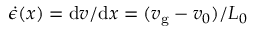
\dot { \epsilon } ( x ) = \mathrm { d } v / \mathrm { d } x = ( v _ { \mathrm { g } } - v _ { 0 } ) / L _ { 0 }